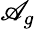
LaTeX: \mathscr{A}_{g}